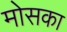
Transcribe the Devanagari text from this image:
मोसका